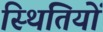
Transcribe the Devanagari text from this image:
स्‍थितियों